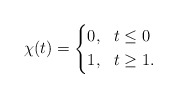
\begin{align*} \chi(t)= \begin{cases*} 0,\ \ t\leq0\\ 1,\ \ t\geq1. \end{cases*}\end{align*}